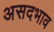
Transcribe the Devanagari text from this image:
असदभाव